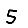
Digit: 5